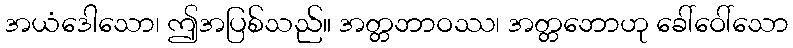
အယံဒေါသော၊ ဤအပြစ်သည်။ အတ္တဘာဝဿ၊ အတ္တဘောဟု ခေါ်ဝေါ်သော